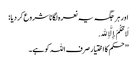
اور ہر جگہ یہ نعرہ لگانا شروع کر دیا :
لَا حُکْمَ إِلَّا ِﷲ.
’’حکم کا اختیار صرف اللہ کو ہے۔